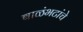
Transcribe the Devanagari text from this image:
बाळंभटांचे